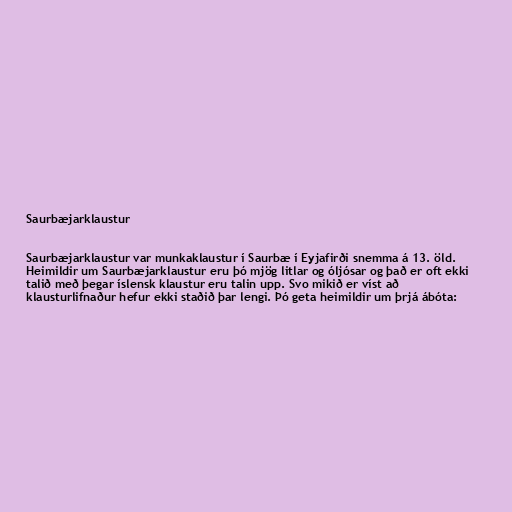
Saurbæjarklaustur

Saurbæjarklaustur var munkaklaustur í Saurbæ í Eyjafirði snemma á 13. öld.
Heimildir um Saurbæjarklaustur eru þó mjög litlar og óljósar og það er oft ekki
talið með þegar íslensk klaustur eru talin upp. Svo mikið er víst að
klausturlifnaður hefur ekki staðið þar lengi. Þó geta heimildir um þrjá ábóta: